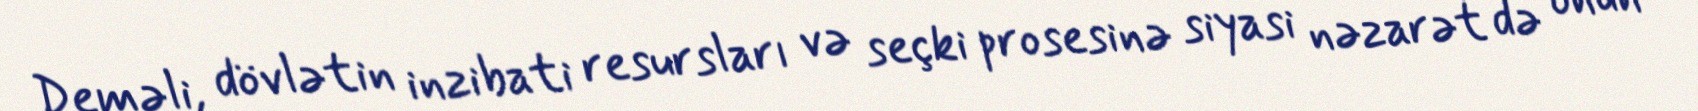
Deməli, dövlətin inzibati resursları və seçki prosesinə siyasi nəzarət də onun